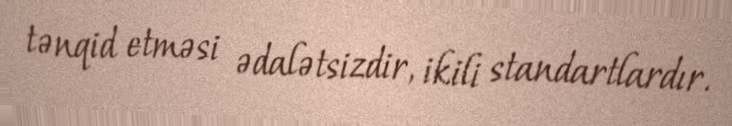
tənqid etməsi ədalətsizdir, ikili standartlardır.